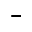
-